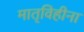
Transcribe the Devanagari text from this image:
मातृविहीना